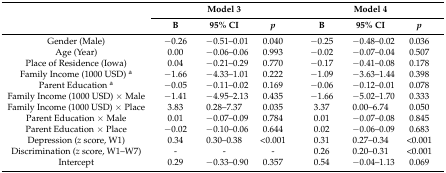
<table><thead><tr><td rowspan="2"></td><td colspan="3"><b>Model 3</b></td><td colspan="3"><b>Model 4</b></td></tr><tr><td><b>B</b></td><td><b>95% CI</b></td><td><b><i>p</i></b></td><td><b>B</b></td><td><b>95% CI</b></td><td><b><i>p</i></b></td></tr></thead><tbody><tr><td>Gender (Male)</td><td>−0.26</td><td>−0.51–0.01</td><td>0.040</td><td>−0.25</td><td>−0.48–0.02</td><td>0.036</td></tr><tr><td>Age (Year)</td><td>0.00</td><td>−0.06–0.06</td><td>0.993</td><td>−0.02</td><td>−0.07–0.04</td><td>0.507</td></tr><tr><td>Place of Residence (Iowa)</td><td>0.04</td><td>−0.21–0.29</td><td>0.770</td><td>−0.17</td><td>−0.41–0.08</td><td>0.178</td></tr><tr><td>Family Income (1000 USD) <sup>a</sup></td><td>−1.66</td><td>−4.33–1.01</td><td>0.222</td><td>−1.09</td><td>−3.63–1.44</td><td>0.398</td></tr><tr><td>Parent Education <sup>a</sup></td><td>−0.05</td><td>−0.11–0.02</td><td>0.169</td><td>−0.06</td><td>−0.12–0.01</td><td>0.078</td></tr><tr><td>Family Income (1000 USD) × Male</td><td>−1.41</td><td>−4.95–2.13</td><td>0.435</td><td>−1.66</td><td>−5.02–1.70</td><td>0.333</td></tr><tr><td>Family Income (1000 USD) × Place</td><td>3.83</td><td>0.28–7.37</td><td>0.035</td><td>3.37</td><td>0.00–6.74</td><td>0.050</td></tr><tr><td>Parent Education × Male</td><td>0.01</td><td>−0.07–0.09</td><td>0.784</td><td>0.01</td><td>−0.07–0.08</td><td>0.845</td></tr><tr><td>Parent Education × Place</td><td>−0.02</td><td>−0.10–0.06</td><td>0.644</td><td>0.02</td><td>−0.06–0.09</td><td>0.683</td></tr><tr><td>Depression (<i>z</i> score, W1)</td><td>0.34</td><td>0.30–0.38</td><td>&lt;0.001</td><td>0.31</td><td>0.27–0.34</td><td>&lt;0.001</td></tr><tr><td>Discrimination (<i>z</i> score, W1–W7)</td><td>-</td><td>-</td><td>-</td><td>0.26</td><td>0.20–0.31</td><td>&lt;0.001</td></tr><tr><td>Intercept</td><td>0.29</td><td>−0.33–0.90</td><td>0.357</td><td>0.54</td><td>−0.04–1.13</td><td>0.069</td></tr></tbody></table>